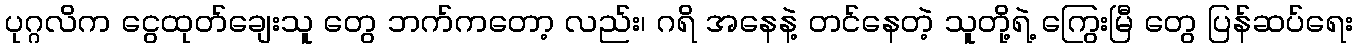
ပုဂ္ဂလိက ငွေထုတ်ချေးသူ တွေ ဘက်ကတော့ လည်း၊ ဂရိ အနေနဲ့ တင်နေတဲ့ သူတို့ရဲ့ ကြွေးမြီ တွေ ပြန်ဆပ်ရေး